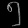
Digit: ၅